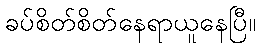
ခပ်စိတ်စိတ်နေရာယူနေပြီ။